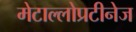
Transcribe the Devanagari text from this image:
मेटाल्लोप्रटीनेज